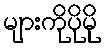
များကိုပိုမို